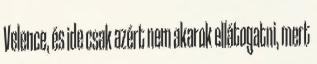
Velence, és ide csak azért nem akarok ellátogatni, mert